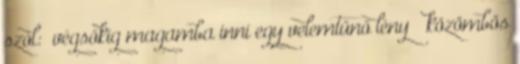
szól: „végsőkig magamba inni egy velemtünő lény közömbös